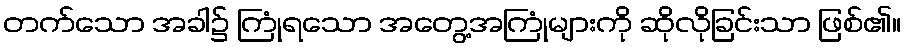
တက်သော အခါ၌ ကြုံရသော အတွေ့အကြုံများကို ဆိုလိုခြင်းသာ ဖြစ်၏။